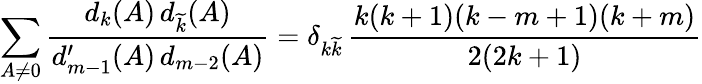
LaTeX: \sum_{A\neq 0}\frac{d_{k}(A)\, d_{\widetilde{k}}(A)}{d_{m-1}^{\prime}(A)\, d_{m-2}(A)}=\delta_{k\widetilde{k}}\, \frac{k(k+1)(k-m+1)(k+m)}{2(2k+1)}